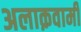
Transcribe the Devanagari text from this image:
अलाक़वामी